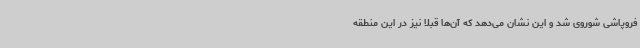
فروپاشی شوروی شد و این نشان می‌دهد که آن‌ها قبلا نیز در این منطقه